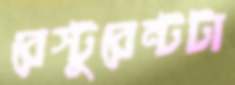
রেস্টুরেন্টটা